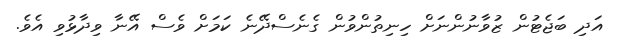
އަދި ބަޖެޓުން ޒުވާނުންނަށް ހިނިތުންވުން ގެނެސްދޭނެ ކަމަށް ވެސް އޭނާ ވިދާޅުވި އެވެ.